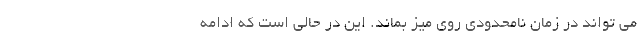
می تواند در زمان نامحدودی روی میز بماند. این در حالی است که ادامه